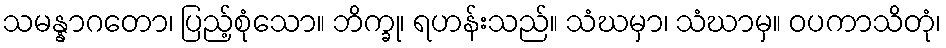
သမန္နာဂတော၊ ပြည့်စုံသော။ ဘိက္ခု၊ ရဟန်းသည်။ သံဃမှာ၊ သံဃာမှ။ ဝပကာသိတုံ၊